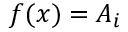
f ( x ) = A _ { i }